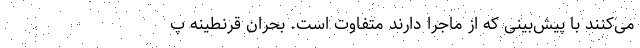
می‌کنند با پیش‌بینی که از ماجرا دارند متفاوت است. بحران قرنطینه پ